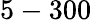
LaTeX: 5-300